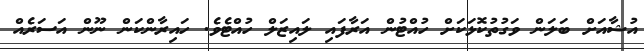
އުޝާއަށް ބަލަން ވަގުތުކޮޅަކަށް ހުއްޓުން އަރާފައި ލައިޒަލް ހުއްޓެވެ. ހައިރާންކަން ނޫން އަސަރެއް